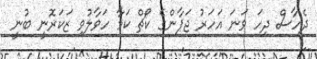
ދެހާސް ދިހަ ވަނަ އަހަރު ޖަޕާންގެ ކޯޗް ކަމާ ހަވާލުވި ޒަކަރޮނީ ބުނީ